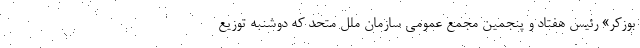
بوزکر» رئیس هفتاد و پنجمین مجمع عمومی سازمان ملل متحد که دوشنبه توزیع